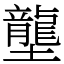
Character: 壟